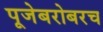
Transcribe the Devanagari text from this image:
पूजेबरोबरच